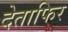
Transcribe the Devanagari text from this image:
देताफिर